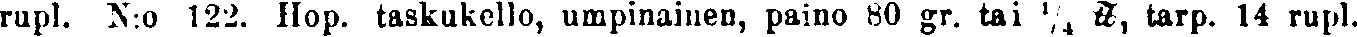
rupl. N:o 122. Hop. taskukello, umpinainen, paino 80 gr. tai ¼ ℔, tarp. 14 rupl.